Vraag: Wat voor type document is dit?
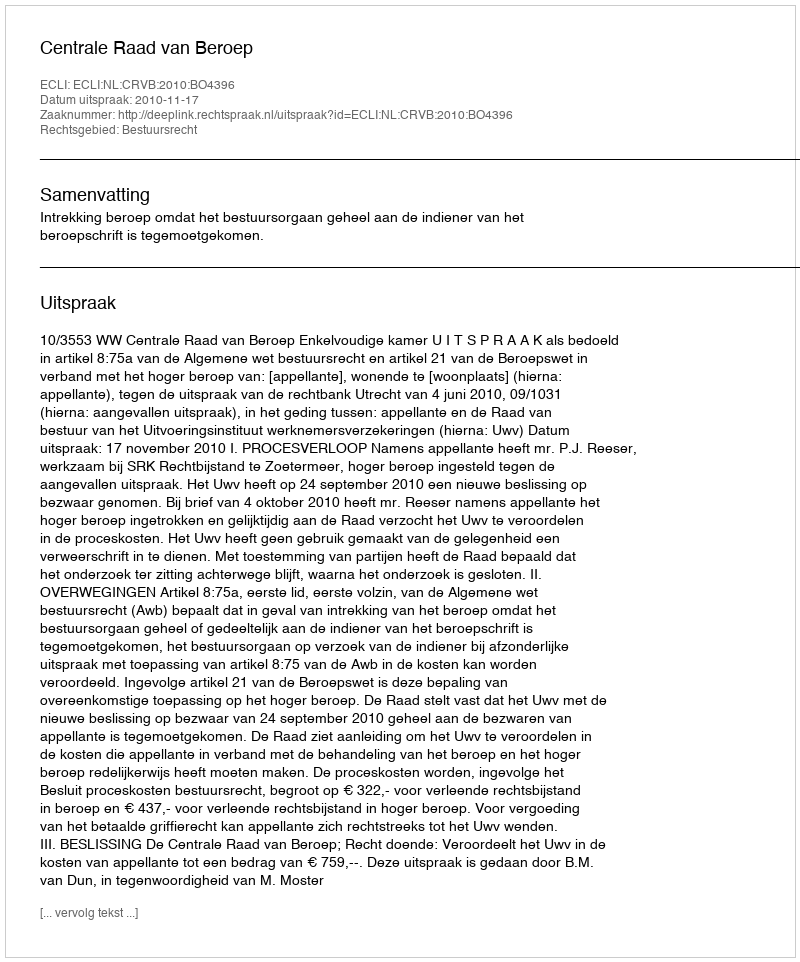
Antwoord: Uitspraak